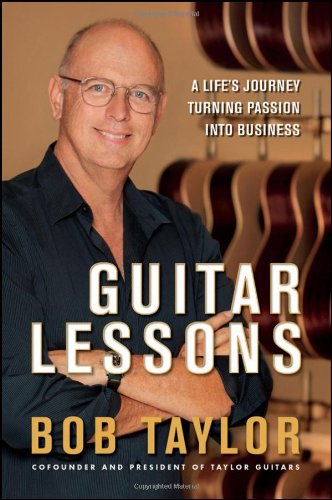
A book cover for Guitar Lessons: A Life's Journey Turning Passion into Business; Bob Taylor; Business & Money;